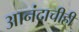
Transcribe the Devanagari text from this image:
आनंदाचीही